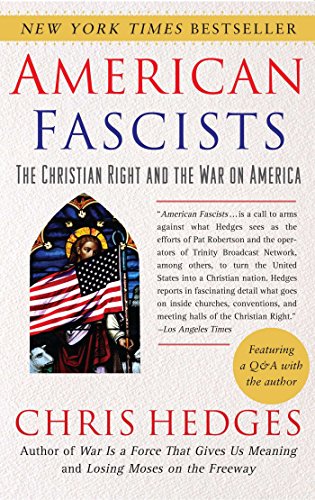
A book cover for American Fascists: The Christian Right and the War on America; Chris Hedges; Religion & Spirituality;